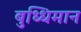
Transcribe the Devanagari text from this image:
बुध्धिमान